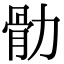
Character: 䯇